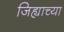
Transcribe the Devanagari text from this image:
जिह्याच्‍या